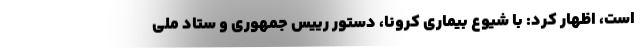
است، اظهار کرد: با شیوع بیماری کرونا، دستور رییس جمهوری و ستاد ملی